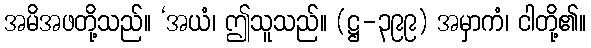
အမိအဖတို့သည်။ ‘အယံ၊ ဤသူသည်။ (ဋ္ဌ-၃၉၉) အမှာကံ၊ ငါတို့၏။